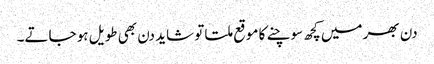
دن بھر میں کچھ سوچنے کا موقع ملتا تو شاید دن بھی طویل ہو جاتے۔